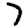
Digit: 7